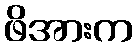
ဖိအားက